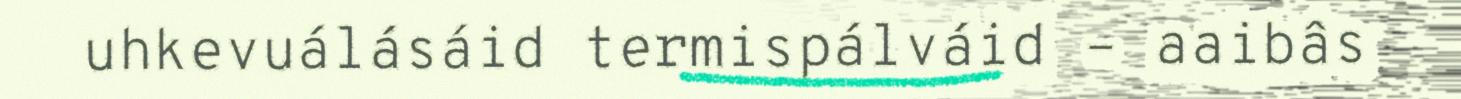
uhkevuálásáid termispálváid – aaibâs